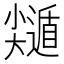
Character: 𡮽